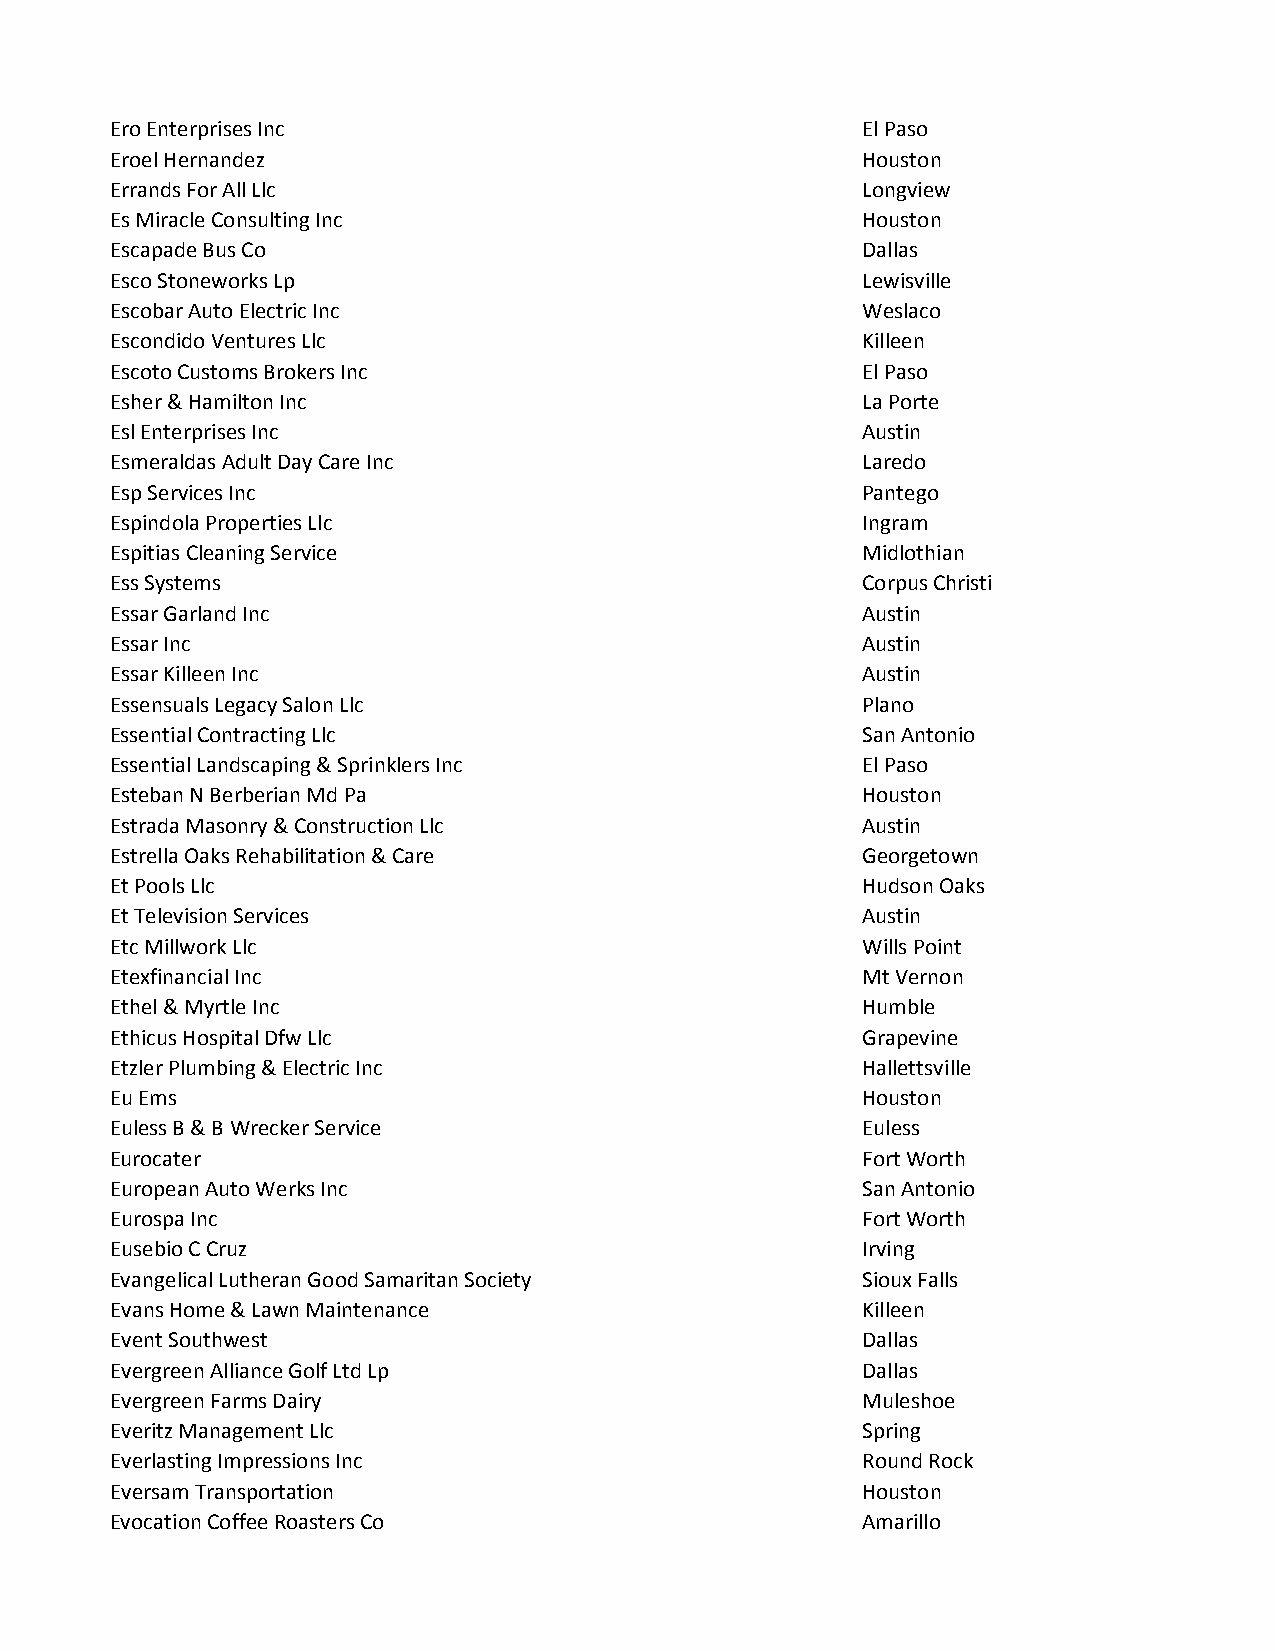
Ero Enterprises Inc                               El Paso
 Eroel Hernandez                                   Houston
 Errands For All Llc                               Longview
 Es Miracle Consulting Inc                         Houston
 Escapade Bus Co                                   Dallas
 Esco Stoneworks Lp                                Lewisville
 Escobar Auto Electric Inc                         Weslaco
 Escondido Ventures Llc                            Killeen
 Escoto Customs Brokers Inc                        El Paso
 Esher & Hamilton Inc                              La Porte
 Esl Enterprises Inc                               Austin
 Esmeraldas Adult Day Care Inc                     Laredo
 Esp Services Inc                                  Pantego
 Espindola Properties Llc                          Ingram
 Espitias Cleaning Service                         Midlothian
 Ess Systems                                       Corpus Christi
 Essar Garland Inc                                 Austin
 Essar Inc                                         Austin
 Essar Killeen Inc                                 Austin
 Essensuals Legacy Salon Llc                       Plano
 Essential Contracting Llc                         San Antonio
 Essential Landscaping & Sprinklers Inc            El Paso
 Esteban N Berberian Md Pa                         Houston
 Estrada Masonry & Construction Llc                Austin
 Estrella Oaks Rehabilitation & Care               Georgetown
 Et Pools Llc                                      Hudson Oaks
 Et Television Services                            Austin
 Etc Millwork Llc                                  Wills Point
 Etexfinancial Inc                                 Mt Vernon
 Ethel & Myrtle Inc                                Humble
 Ethicus Hospital Dfw Llc                          Grapevine
 Etzler Plumbing & Electric Inc                    Hallettsville
 Eu Ems                                            Houston
 Euless B & B Wrecker Service                      Euless
 Eurocater                                         Fort Worth
 European Auto Werks Inc                           San Antonio
 Eurospa Inc                                       Fort Worth
 Eusebio C Cruz                                    Irving
 Evangelical Lutheran Good Samaritan Society       Sioux Falls
 Evans Home & Lawn Maintenance                     Killeen
 Event Southwest                                   Dallas
 Evergreen Alliance Golf Ltd Lp                    Dallas
 Evergreen Farms Dairy                             Muleshoe
 Everitz Management Llc                            Spring
 Everlasting Impressions Inc                       Round Rock
 Eversam Transportation                            Houston
 Evocation Coffee Roasters Co                      Amarillo